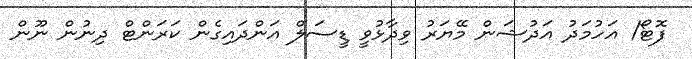
ފޮޓޯ/ އަހުމަދު އަދުޝަން މޭޔަރު ވިދާޅުވީ ޑީސަލް އަންދައިގެން ކަރަންޓް ދިނުން ނޫން